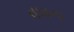
વઘાના